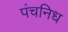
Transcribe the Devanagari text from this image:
पंचनिध